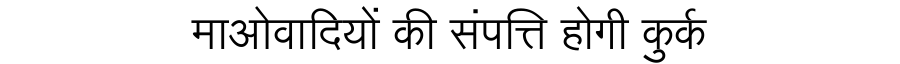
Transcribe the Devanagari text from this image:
माओवादियों की संपत्ति होगी कुर्क